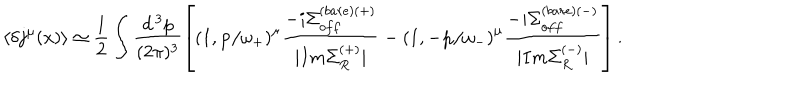
\langle \delta j ^ { \mu } ( x ) \rangle \simeq \frac { 1 } { 2 } \int \frac { d ^ { \, 3 } p } { ( 2 \pi ) ^ { 3 } } \left[ \left( 1 , { \bf p } / \omega _ { + } \right) ^ { \mu } \frac { - i \Sigma _ { o f f } ^ { ( b a r e ) ( + ) } } { | I m \Sigma _ { R } ^ { ( + ) } | } - \left( 1 , - { \bf p } / \omega _ { - } \right) ^ { \mu } \frac { - i \Sigma _ { o f f } ^ { ( b a r e ) ( - ) } } { | I m \Sigma _ { R } ^ { ( - ) } | } \right] .